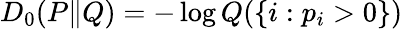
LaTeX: D_{0}(P\| Q)=-\log Q(\{ i:p_{i}>0\} )